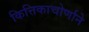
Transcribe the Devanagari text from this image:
कित्तिकाचोर्णाने